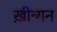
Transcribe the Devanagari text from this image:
ख़ीन्गन